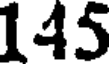
145